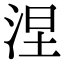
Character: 涅